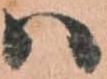
ハ